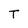
Character: T